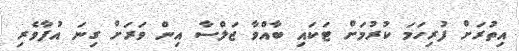
އިތުރަށް ފުރިހަމަ ކުރުމަށް ޓަކައި ބާއްވާ ޖަލްސާ އިން ވަރަށް ގިނަ އުފާވެރި